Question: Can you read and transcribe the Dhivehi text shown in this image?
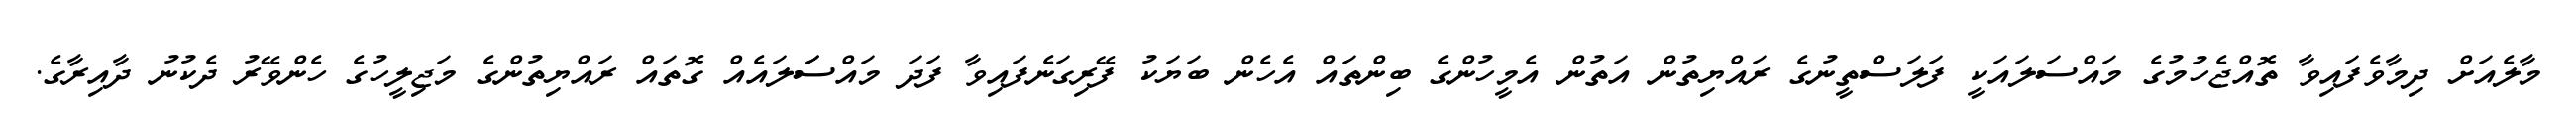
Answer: މާލެއަށް ދިމާވެފައިވާ ތޮއްޖެހުމުގެ މައްސަލައަކީ ފަލަސްތީނުގެ ރައްޔިތުން އަތުން އެމީހުންގެ ބިންތައް އެހެން ބަޔަކު ފޭރިގަނެފައިވާ ފަދަ މައްސަަލައެއް ގޮތައް ރައްޔިތުންގެ މަޖިލީހުގެ ހެންވޭރު ދެކުނު ދާއިރާގެ.